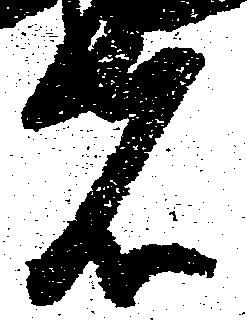
者